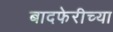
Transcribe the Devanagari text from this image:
बादफेरीच्या